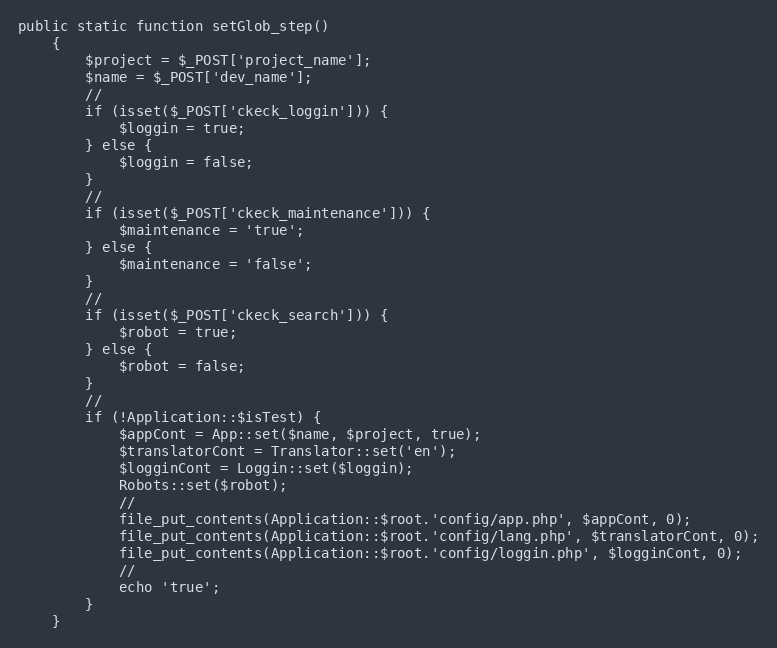
Language: PHP
public static function setGlob_step()
    {
        $project = $_POST['project_name'];
        $name = $_POST['dev_name'];
        //
        if (isset($_POST['ckeck_loggin'])) {
            $loggin = true;
        } else {
            $loggin = false;
        }
        //
        if (isset($_POST['ckeck_maintenance'])) {
            $maintenance = 'true';
        } else {
            $maintenance = 'false';
        }
        //
        if (isset($_POST['ckeck_search'])) {
            $robot = true;
        } else {
            $robot = false;
        }
        //
        if (!Application::$isTest) {
            $appCont = App::set($name, $project, true);
            $translatorCont = Translator::set('en');
            $logginCont = Loggin::set($loggin);
            Robots::set($robot);
            //
            file_put_contents(Application::$root.'config/app.php', $appCont, 0);
            file_put_contents(Application::$root.'config/lang.php', $translatorCont, 0);
            file_put_contents(Application::$root.'config/loggin.php', $logginCont, 0);
            //
            echo 'true';
        }
    }